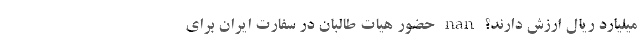
میلیارد ریال ارزش دارند؟ nan حضور هیات طالبان در سفارت ایران برای